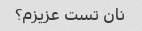
نان تست عزیزم؟